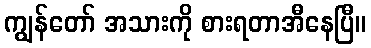
ကျွန်တော် အသားကို စားရတာအီနေပြီ။